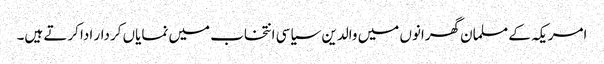
امریکہ کے مسلمان گھرانوں میں والدین سیاسی انتخاب میں نمایاں کردار ادا کرتے ہیں۔